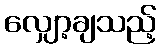
လျှော့ချသည့်